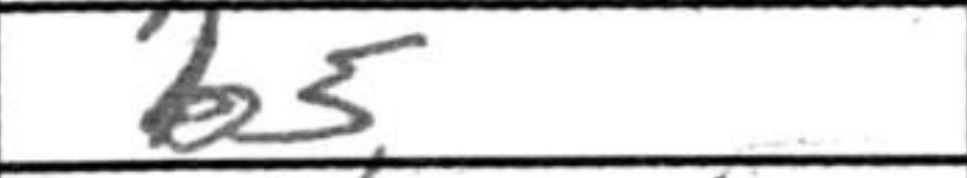
Transcription: b5